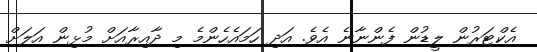
އެކްޓަރުން ލީޑުން ފެންނާނެ އެވެ. އަދި ހަމައެހެންމެ މި ދާއިރާއަށް މުޅިން އަލަށް